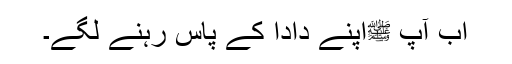
اب آپ ﷺاپنے دادا کے پاس رہنے لگے۔